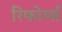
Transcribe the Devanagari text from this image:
रिफोर्म्स